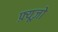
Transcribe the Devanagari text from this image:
फ़्यूज़ो